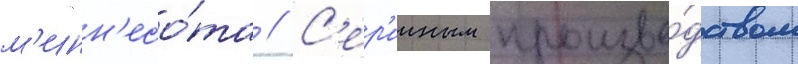
м'инн'есо́та // С'ер'ииным произво́дством